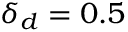
\delta _ { d } = 0 . 5